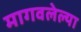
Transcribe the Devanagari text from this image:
मागवलेल्या